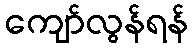
ကျော်လွန်ရန်